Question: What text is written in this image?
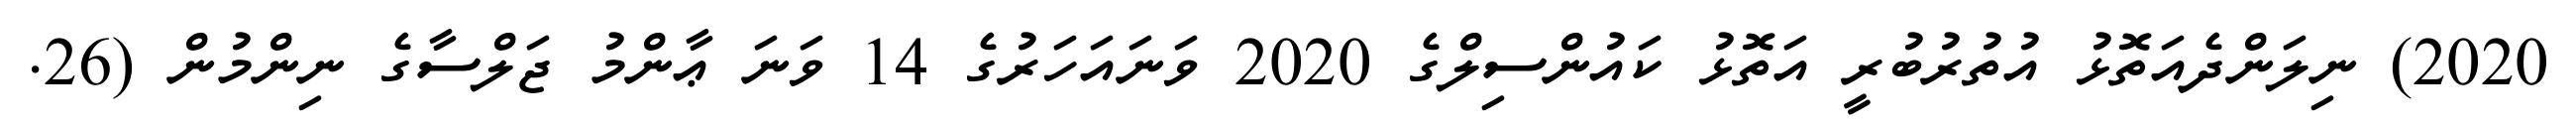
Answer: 2020) ނިލަންދެއަތޮޅު އުތުރުބުރީ އަތޮޅު ކައުންސިލްގެ 2020 ވަނައަހަރުގެ 14 ވަނަ ޢާންމު ޖަލްސާގެ ނިންމުން (26.